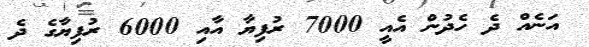
އަނެއް ދެ ހެދުން އެއީ 7000 ރުފިޔާ އާއި 6000 ރުފިޔާގެ ދެ